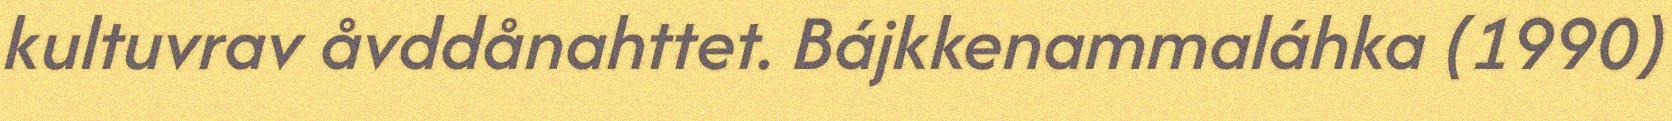
kultuvrav åvddånahttet. Bájkkenammaláhka (1990)